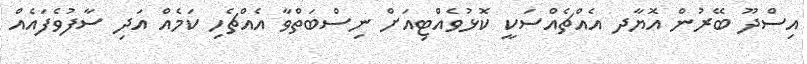
އިސްދޫ ބޭރުން އޮޔާދ އެއްޗެއްސަކީ ކޮޅުވެއްޓިއަށް ނިސްބަތްވާ އެއްޗެހި ކަމެއް އަދި ސާފުވެފައެއް